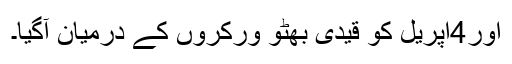
اور4اپریل کو قیدی بھٹو ورکروں کے درمیان آگیا۔